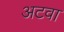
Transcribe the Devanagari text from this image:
अटवा